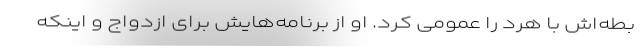
بطه‌اش با هرد را عمومی کرد. او از برنامه‌هایش برای ازدواج و اینکه